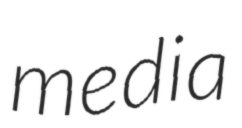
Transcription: media